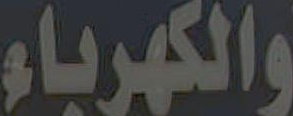
والكهرباء